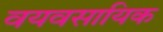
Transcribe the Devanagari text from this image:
वयवसायिक